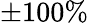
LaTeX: \pm 100\%